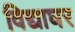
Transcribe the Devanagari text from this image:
विद्याघर